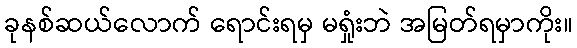
ခုနစ်ဆယ်လောက် ရောင်းရမှ မရှုံးဘဲ အမြတ်ရမှာကိုး။